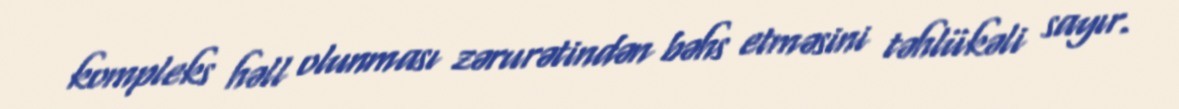
kompleks həll olunması zərurətindən bəhs etməsini təhlükəli sayır.